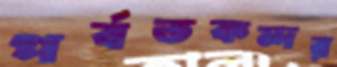
পর্বতকন্দর